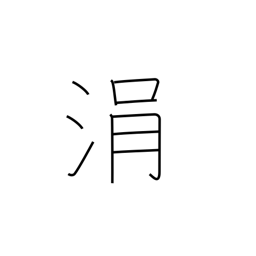
Meaning: drop